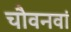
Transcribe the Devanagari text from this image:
चौवनवां